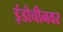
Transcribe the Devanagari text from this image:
इंडोचीनवर